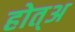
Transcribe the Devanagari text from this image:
होत्अ